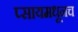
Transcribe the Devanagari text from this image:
प्सायमधूनच